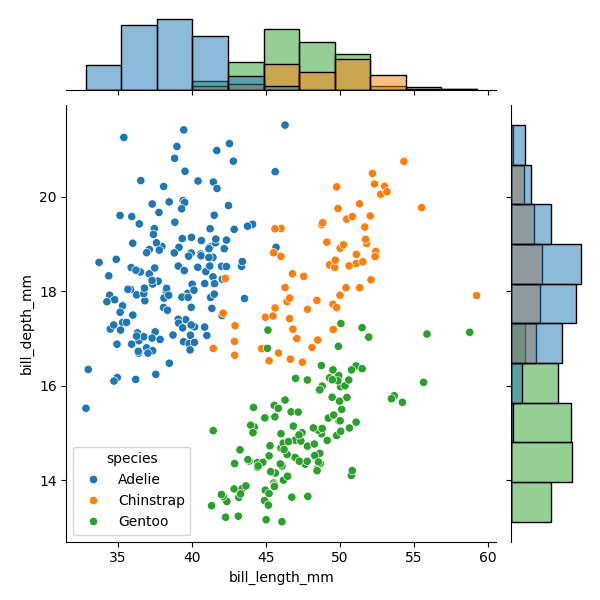
python, seaborn, JointGrid, scatterplot, histplot, hue